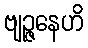
ဗျဉ္ဇနေဟိ